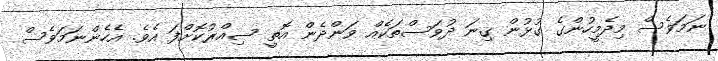
ނަމަވެސް މިދެމީހުންގެ ގުޅުން ގިނަ ދުވަސްތަކެއް ވަންދެން އޮތީ ސިއްރުކޮށްފަ އެވެ. އެހެންނަމަވެސް